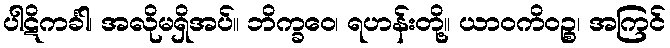
ပါဋိကင်္ခါ၊ အလိုမရှိအပ်။ ဘိက္ခဝေ၊ ရဟန်းတို့။ ယာဝကိဝဉ္စ၊ အကြင်